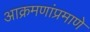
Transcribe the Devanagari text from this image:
आक्रमणांप्रमाणे